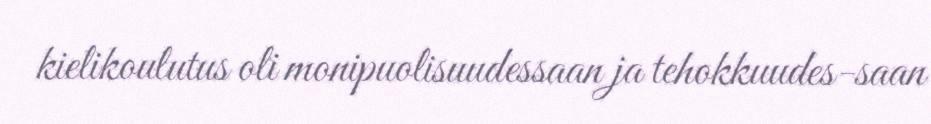
kielikoulutus oli monipuolisuudessaan ja tehokkuudes-saan